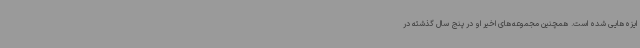
ایزه‌هایی شده است. همچنین مجموعه‌های اخیر او در پنج سال گذشته در